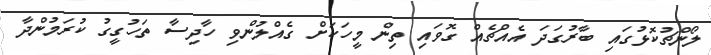
ލޯންޗުކޮޅުގައި ބާރުގަދަ އެއްޗެއް ގޮވައި ތިން މީހަކަށް ގެއްލުންވި ހާދިސާ ތަހުގީގު ކުރަމުންދާ